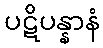
ပဋိပန္နာနံ